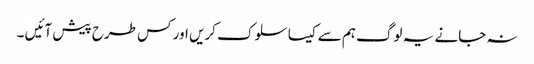
نہ جانے یہ لوگ ہم سے کیسا سلوک کریں اور کس طرح پیش آئیں ۔